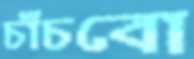
চাঁচবো